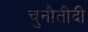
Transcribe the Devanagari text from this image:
चुनौतीदी